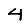
Digit: 4